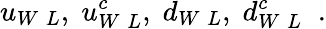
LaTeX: u_{W\; L},\; u_{W\; L}^{c},\; d_{W\; L},\; d_{W\; L}^{c}\; \; .